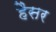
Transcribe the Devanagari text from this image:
हैैसर